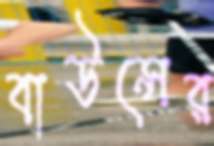
বাউন্সের